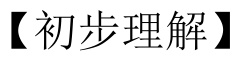
【初步理解】